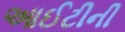
આઈટીની